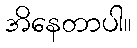
အိနေတာပါ။